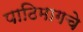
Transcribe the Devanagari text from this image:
पाठिमागचे